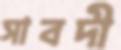
সাবদী